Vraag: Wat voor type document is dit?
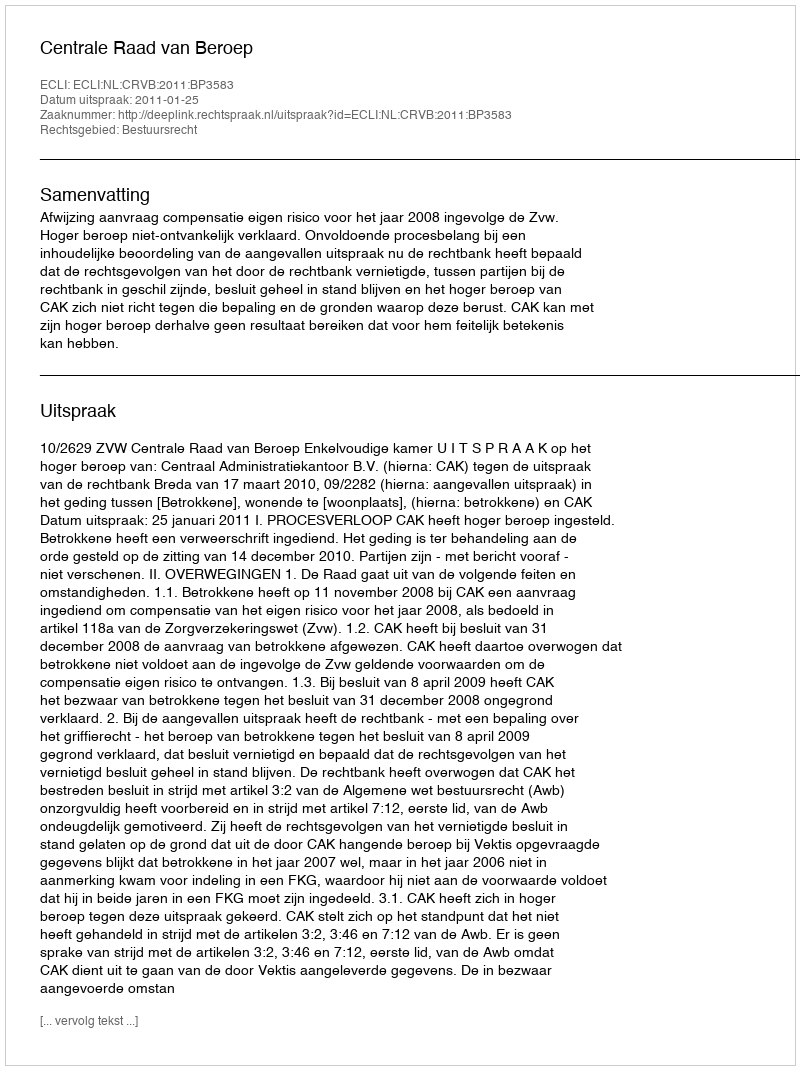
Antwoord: Uitspraak